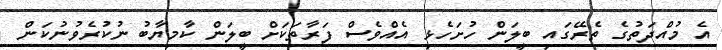
އެ މުއްދަތުގެ ތެރޭގައި ބީލަން ހުށަހެޅި އެއްވެސް ފަރާތަކަށް ބީލަން ކާމިޔާބު ނުކުރެވުނުކަން